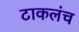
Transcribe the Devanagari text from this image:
टाकलंच